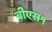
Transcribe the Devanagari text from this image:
बीएस१